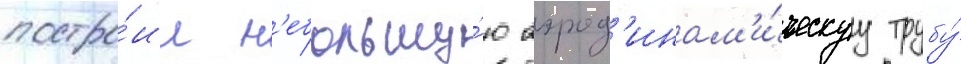
постро́ил н'ебольшу́ю аэрод'инам'и́ческуу трубу́